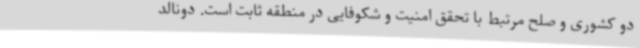
دو کشوری و صلح مرتبط با تحقق امنیت و شکوفایی در منطقه ثابت است. دونالد